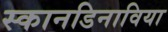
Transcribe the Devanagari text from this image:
स्कानडिनाविया